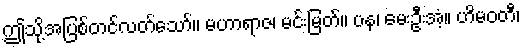
ဤသို့အပြစ်တင်လတ်သော်။ မဟာရာဇ၊ မင်းမြတ်။ ပန၊ မေးဦးအံ့။ ဟိမဝတီ၊